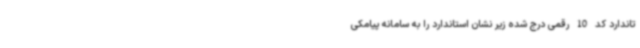
تاندارد کد 10 رقمی درج شده زیر نشان استاندارد را به سامانه پیامکی